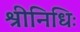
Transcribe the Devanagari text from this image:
श्रीनिधिः